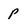
Character: P